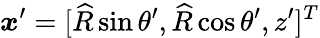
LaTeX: {\boldsymbol{x}}^{\prime}=[\widehat{R}\sin\theta^{\prime},\widehat{R}\cos\theta^{\prime},z^{\prime}]^{T}